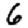
Digit: 6